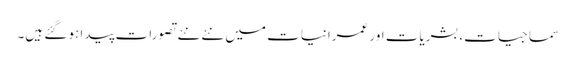
سماجیات، بشریات اور عمرانیات میں نئے نئے تصورات پیدا ہو گئے ہیں۔